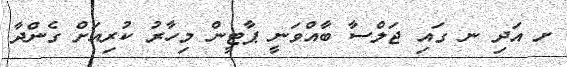
ށ އަދި ނ ގައި ޖަލްސާ ބާއްވަނީ ޕާޓީން މިހާރު ކުރިއަށް ގެންދާ